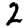
Digit: 2